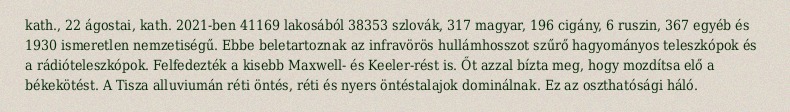
kath., 22 ágostai, kath. 2021-ben 41169 lakosából 38353 szlovák, 317 magyar, 196 cigány, 6 ruszin, 367 egyéb és 1930 ismeretlen nemzetiségű. Ebbe beletartoznak az infravörös hullámhosszot szűrő hagyományos teleszkópok és a rádióteleszkópok. Felfedezték a kisebb Maxwell- és Keeler-rést is. Őt azzal bízta meg, hogy mozdítsa elő a békekötést. A Tisza alluviumán réti öntés, réti és nyers öntéstalajok dominálnak. Ez az oszthatósági háló.